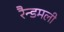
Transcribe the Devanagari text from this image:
रैन्डमली